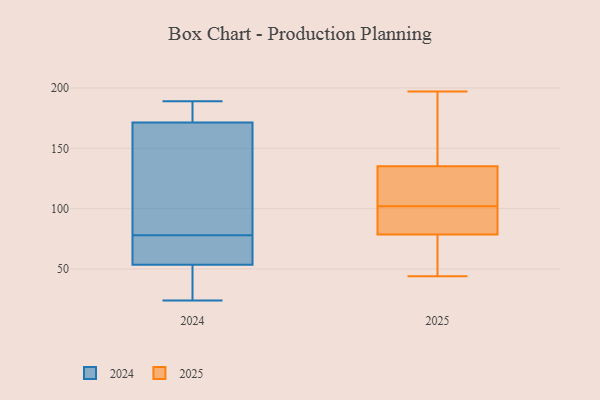
{"axis": {"x": "Operating Costs (USD K)", "y": "Value"}, "legend": ["2024", "2025"], "data": [{"x": "", "y": 140, "type": "2025"}, {"x": "", "y": 44, "type": "2025"}, {"x": "", "y": 102, "type": "2025"}, {"x": "", "y": 74, "type": "2025"}, {"x": "", "y": 93, "type": "2025"}, {"x": "", "y": 184, "type": "2025"}, {"x": "", "y": 121, "type": "2025"}, {"x": "", "y": 197, "type": "2025"}, {"x": "", "y": 121, "type": "2025"}, {"x": "", "y": 92, "type": "2025"}, {"x": "", "y": 44, "type": "2025"}, {"x": "", "y": 65, "type": "2024"}, {"x": "", "y": 68, "type": "2024"}, {"x": "", "y": 189, "type": "2024"}, {"x": "", "y": 24, "type": "2024"}, {"x": "", "y": 172, "type": "2024"}, {"x": "", "y": 37, "type": "2024"}, {"x": "", "y": 84, "type": "2024"}, {"x": "", "y": 42, "type": "2024"}, {"x": "", "y": 179, "type": "2024"}, {"x": "", "y": 152, "type": "2024"}, {"x": "", "y": 171, "type": "2024"}, {"x": "", "y": 72, "type": "2024"}]}